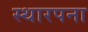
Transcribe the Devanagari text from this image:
स्थारपना